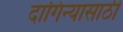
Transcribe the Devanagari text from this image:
दागिन्यासाठी